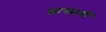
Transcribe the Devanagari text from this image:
शास्त्रार्थी